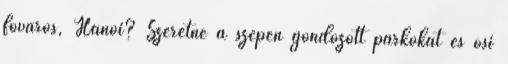
főváros, Hanoi? Szeretné a szépen gondozott parkokat és ősi